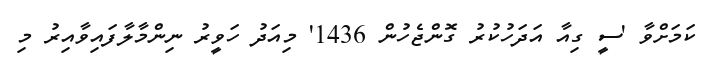
ކަމަށްވާ 'ސީ ގިއާ އަދަހުކުރު ގޮންޖެހުން 1436' މިއަދު ހަވީރު ނިންމާލާފައިވާއިރު މި